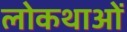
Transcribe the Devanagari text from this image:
लोकथाओं